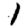
Digit: 1